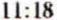
11:18